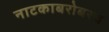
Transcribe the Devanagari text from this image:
नाटकाबरोबरच